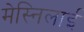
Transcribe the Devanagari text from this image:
मेस्निलाई